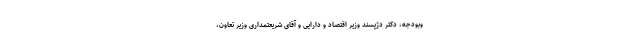
وبودجه، دکتر دژپسند وزیر اقتصاد و دارایی و آقای شریعتمداری وزیر تعاون،